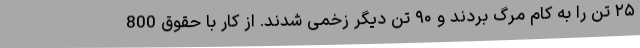
۲۵ تن را به کام مرگ بردند و ۹۰ تن دیگر زخمی شدند. از کار با حقوق 800